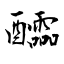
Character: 醽